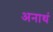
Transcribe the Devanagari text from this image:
अनाथं